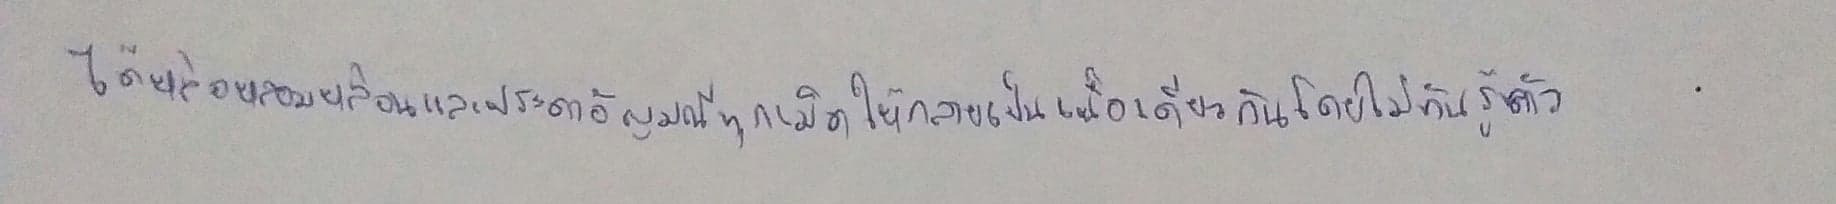
ได้หล่อหลอมหล่อนและประดาอัญมณีทุกเม็ดให้กลายเป็นเนื้อเดียวโดยไม่ทันรู้ตัว